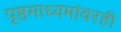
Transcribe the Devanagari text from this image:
पृष्ठमाध्यमांवरही